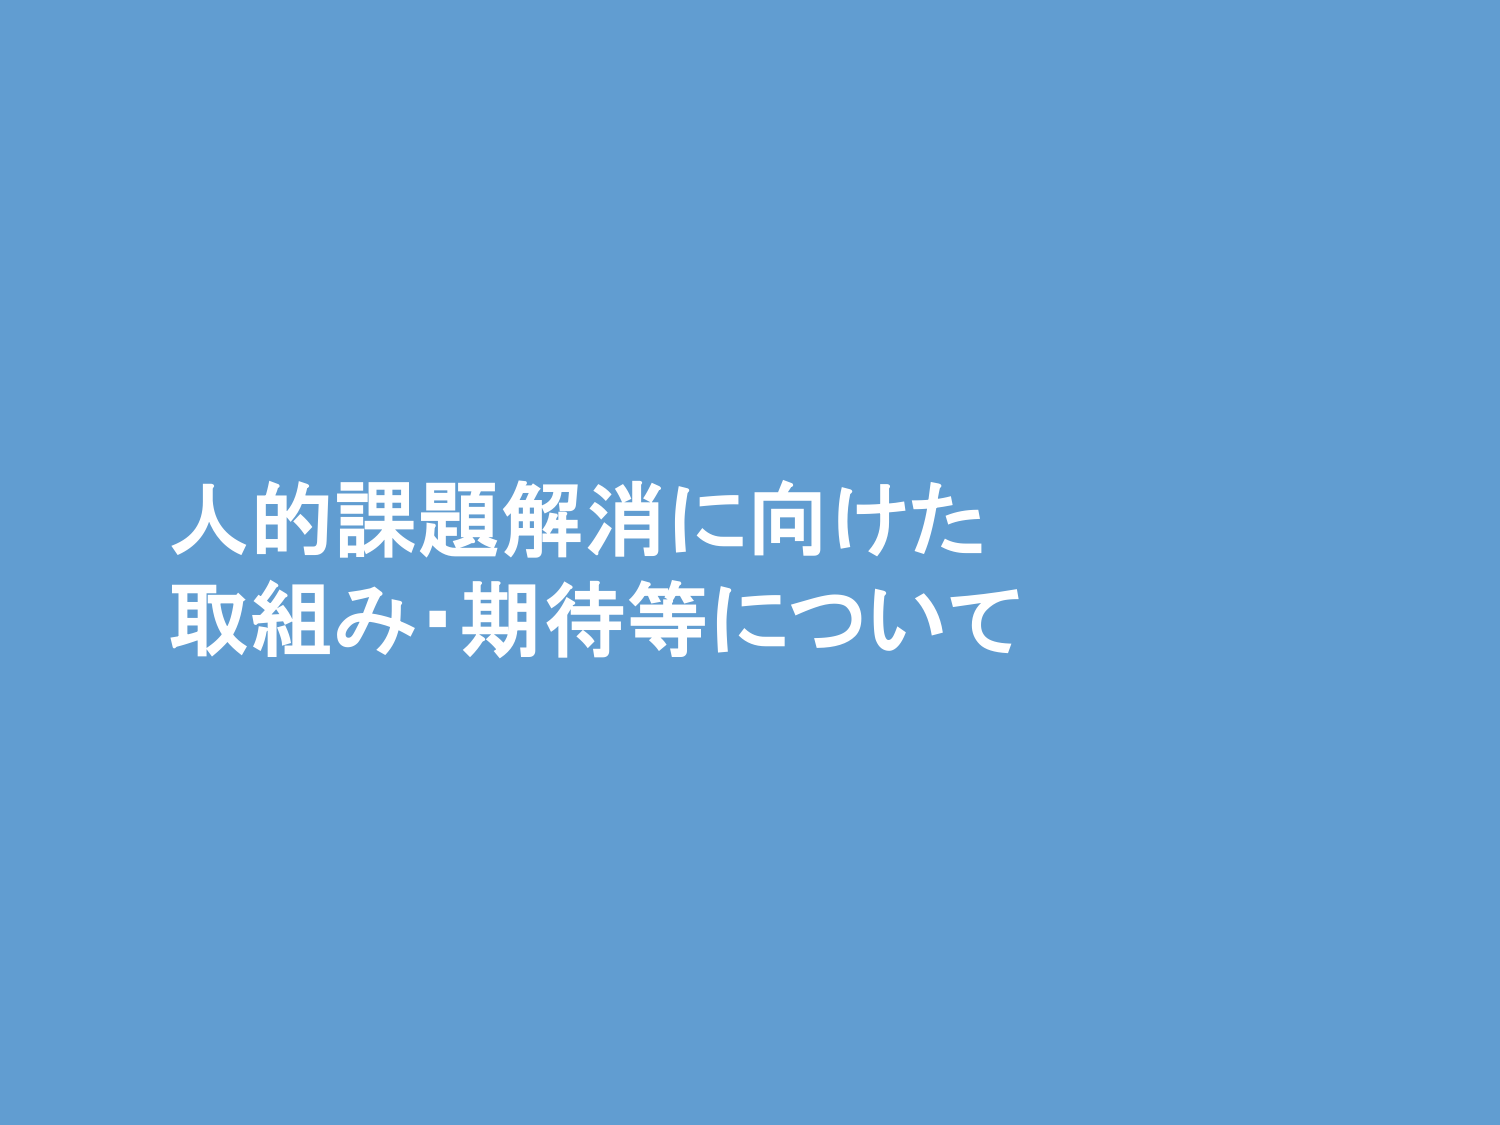
人的課題解消に向けた
取組み・期待等について